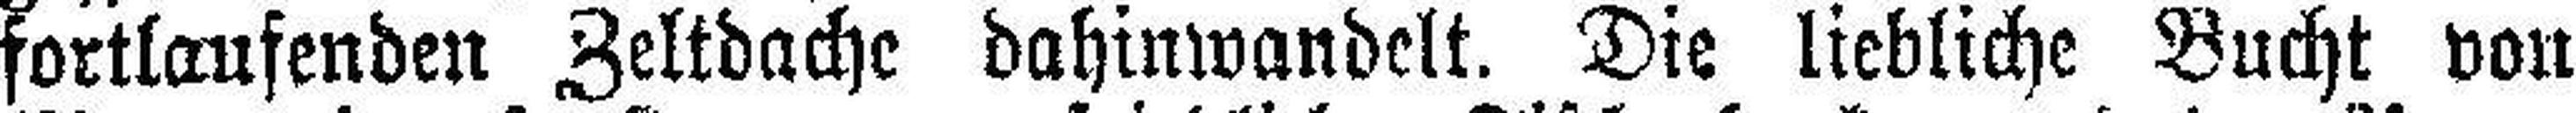
fortlaufenden Zeltdache dahinwandelt. Die liebliche Bucht von